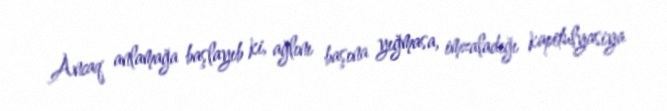
Ancaq anlamağa başlayıb ki, ağlını başına yığmasa, imzaladığı kapitulyasiya